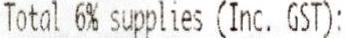
TOTAL 6% SUPPLIES (INC. GST):